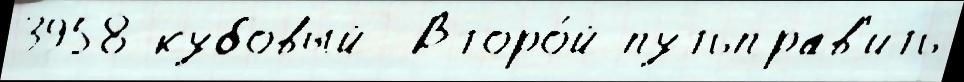
3958-кубовый  Второ́й путьправ'ить